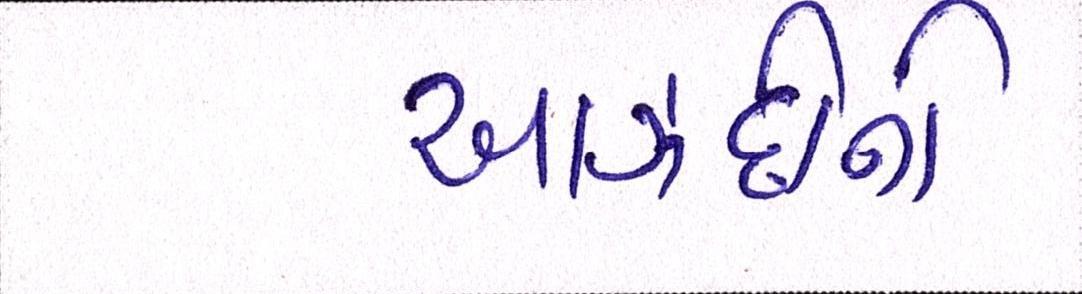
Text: આઝાદીની